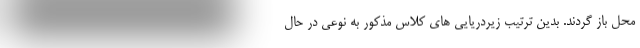
محل باز گردند. بدین ترتیب زیردریایی های کلاس مذکور به نوعی در حال